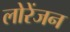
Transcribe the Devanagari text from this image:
लोरेंजन